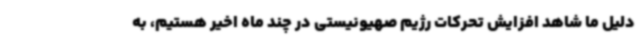
دلیل ما شاهد افزایش تحرکات رژیم صهیونیستی در چند ماه اخیر هستیم، به